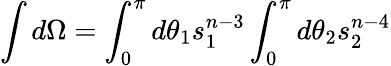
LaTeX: \int d\Omega=\int_{0}^{\pi}d\theta_{1}s_{1}^{n-3}\int_{0}^{\pi}d\theta_{2}s_{2}^{n-4}